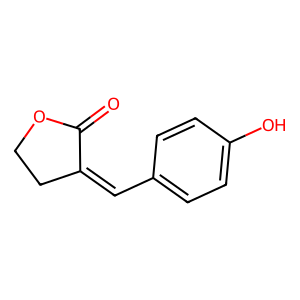
SMILES: O=C1OCCC1=Cc1ccc(O)cc1
Inhibits HIV replication: No